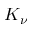
K _ { \nu }